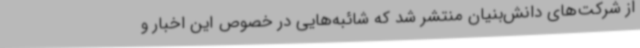
از شرکت‌های دانش‌بنیان منتشر شد که شائبه‌هایی در خصوص این اخبار و